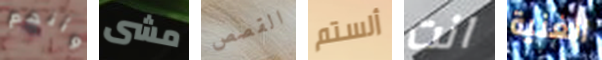
وأنهم مشى القصص ألستم انت الغنية